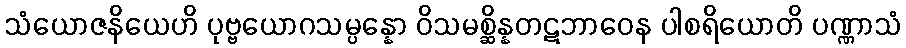
သံယောဇနိယေဟိ ပုဗ္ဗယောဂသမ္ပန္နော ဝိသမစ္ဆိန္နတဋဘာဝေန ပါစရိယောတိ ပဏ္ဏာသံ